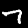
Label: 7